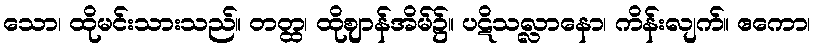
သော၊ ထိုမင်းသားသည်။ တတ္ထ၊ ထိုဈာန်အိမ်၌။ ပဋိသလ္လာနော၊ ကိန်းလျက်။ ဧကော၊